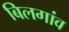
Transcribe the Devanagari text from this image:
बिलगांव